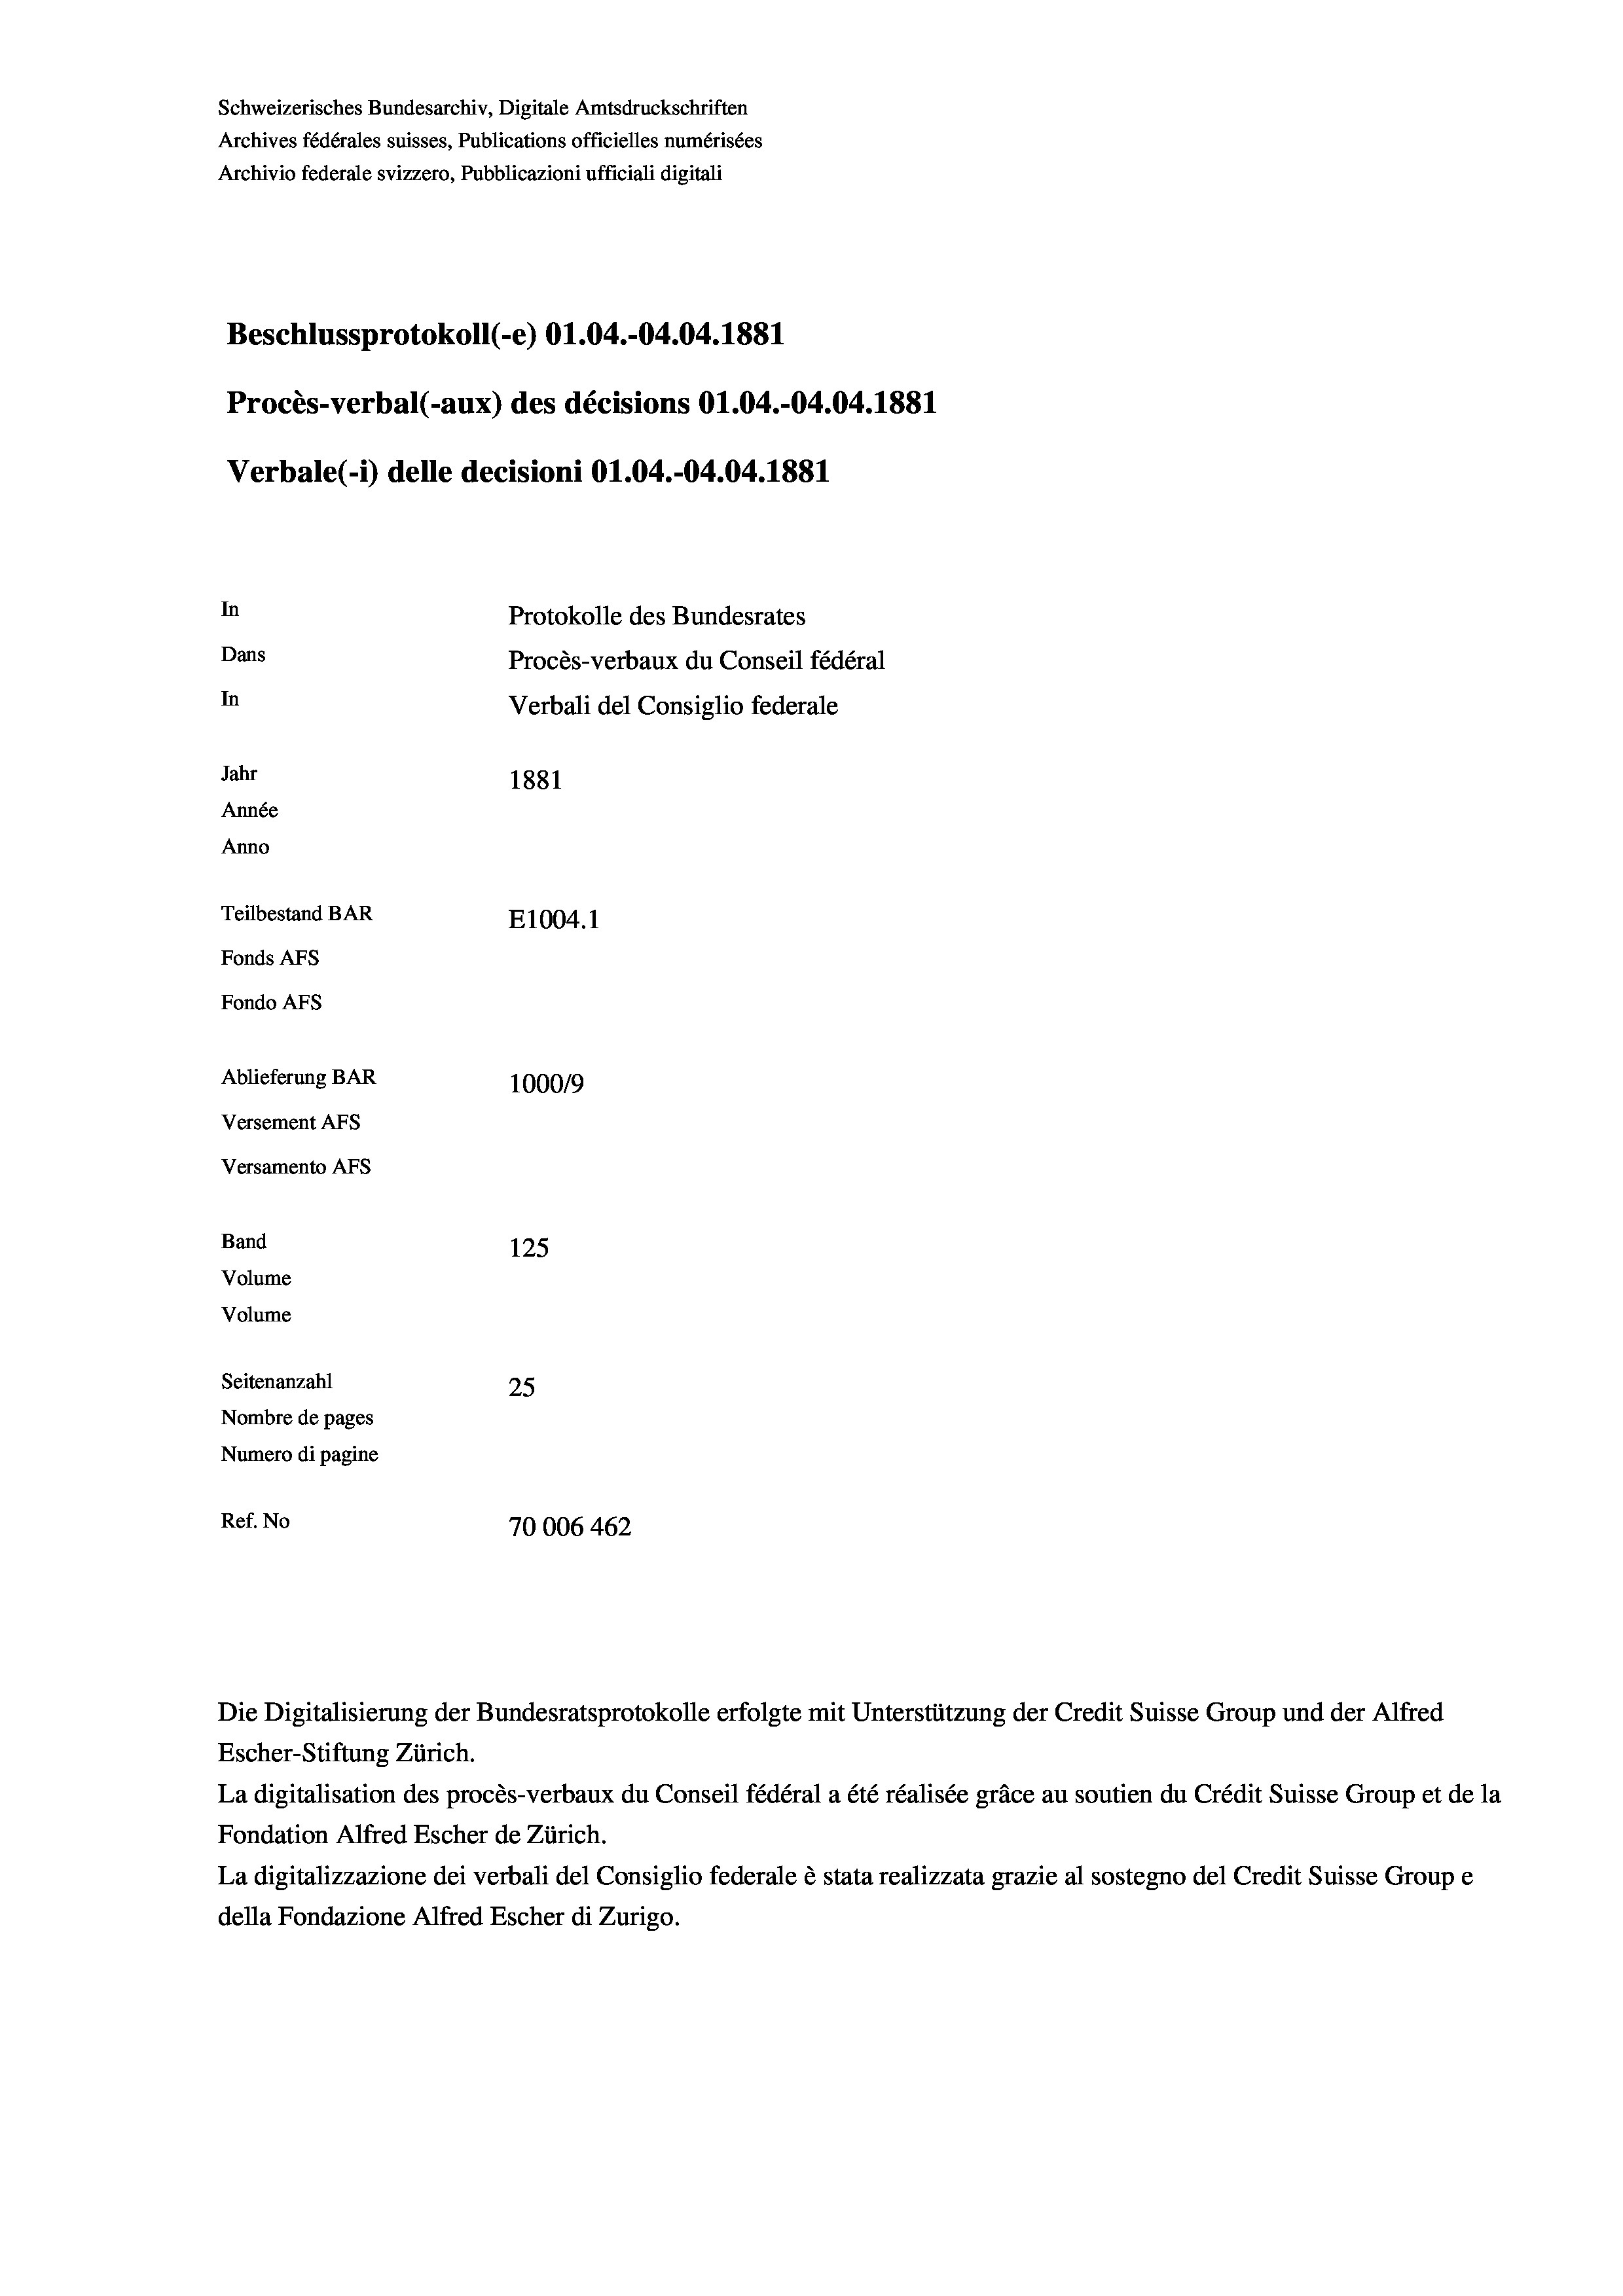
Schweizerisches Bundesarchiv, Digitale Amtsdruckschriften
Archives fédérales suisses, Publications officielles numérisées
Archivio federale svizzero, Pubblicazioni ufficiali digitali
Beschlussprotokoll (-e) O1.04.-04.04. 1881
Procès-verbal (-aux) des décisions O1.04.-04.04. 1881
Verbale (-*) delle decisioni O1.04.-04.04. 1881
In
Protokolle des Bundesrates
Dans
Procès-verbaux du Conseil fédéral
In
Verbali del Consiglio federale
Jahr
1881
Année
Anno
Teilbestand BAR
E1004. 1
Fonds AFs
Fondo Afs
Ablieferung BAR
10009
Versement Ans
Versamento Afs
Band
125
Volume
Volume
Seitenanzahl
25
Nombre de pages
Numero di pagine
Ref. No
70006 462

Die Digitalisierung der Bundesratsprotokolle erfolgte mit Unterstützung der Credit Suisse Group und der Alfred
Escher-Stiftung Zürich.
La digitalisation des procès-verbaux du Conseil fédéral a été réalisée gräce au soutien du Crédit Suisse Group et de la
Fondation Alfred Escher de Zürich.
La digitalizzazione dei verbali del Consiglio federale è stata realizzata grazie al sostegno del Credit Suisse Groupe
della Fondazione Alfred Escher di Zurigo.